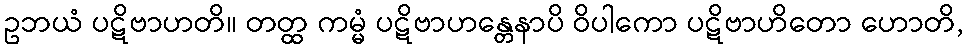
ဥဘယံ ပဋိဗာဟတိ။ တတ္ထ ကမ္မံ ပဋိဗာဟန္တေနာပိ ဝိပါကော ပဋိဗာဟိတော ဟောတိ,